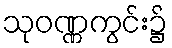
သုဝဏ္ဏကွင်း၌